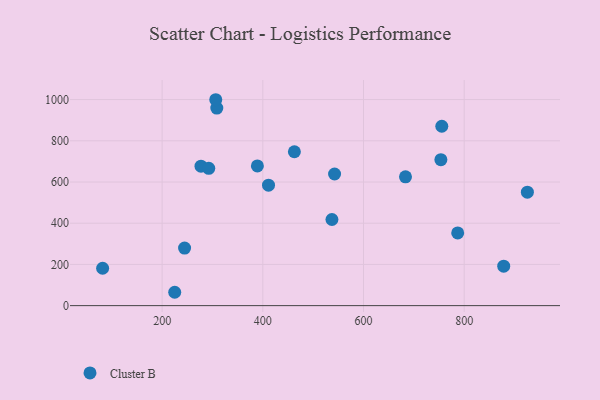
{"axis": {"x": "Engine Size", "y": "Yield"}, "legend": ["Cluster B"], "data": [{"x": "411.3", "y": 584.6, "type": "Cluster B"}, {"x": "308.6", "y": 958.8, "type": "Cluster B"}, {"x": "542.5", "y": 638.9, "type": "Cluster B"}, {"x": "225.0", "y": 64.8, "type": "Cluster B"}, {"x": "925.5", "y": 550.8, "type": "Cluster B"}, {"x": "462.7", "y": 746.8, "type": "Cluster B"}, {"x": "878.5", "y": 191.4, "type": "Cluster B"}, {"x": "244.6", "y": 279.4, "type": "Cluster B"}, {"x": "755.5", "y": 870.5, "type": "Cluster B"}, {"x": "537.3", "y": 418.0, "type": "Cluster B"}, {"x": "277.2", "y": 677.0, "type": "Cluster B"}, {"x": "389.2", "y": 678.1, "type": "Cluster B"}, {"x": "753.7", "y": 708.5, "type": "Cluster B"}, {"x": "306.5", "y": 999.3, "type": "Cluster B"}, {"x": "683.4", "y": 625.3, "type": "Cluster B"}, {"x": "787.1", "y": 352.6, "type": "Cluster B"}, {"x": "81.8", "y": 181.3, "type": "Cluster B"}, {"x": "292.6", "y": 666.4, "type": "Cluster B"}]}